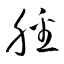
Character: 膰